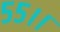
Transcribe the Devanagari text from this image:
५५।।